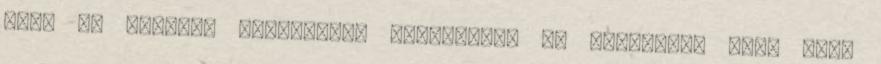
hogy ha valamit elolenybol izolalnak, az valamiert mas, mint